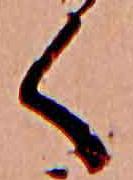
く